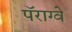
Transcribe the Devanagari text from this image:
पॅराग्वे